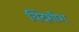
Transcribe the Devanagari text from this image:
विदेशीश्